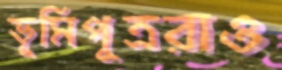
ভূমিপুত্ররাও